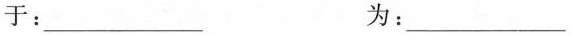
于：___ 为：___